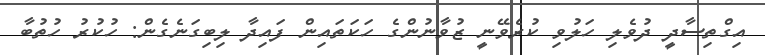
އިގްތިސާދީ ދުވެލި ހަލުވި ކުރެވޭނީ ޒުވާނުންގެ ހަކަތައިން ފައިދާ ލިބިގަނެގެންް: ހުކުރު ހުތުބާ